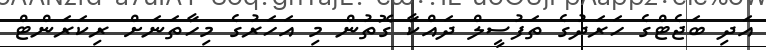
އަދި ބަޖެޓްގެ ހަރަދުގެ ތަފުސީލް ދައްކާ ގޮތުން މި އަހަރުގެ މިހާތަނަށް ރިކަރަންޓް